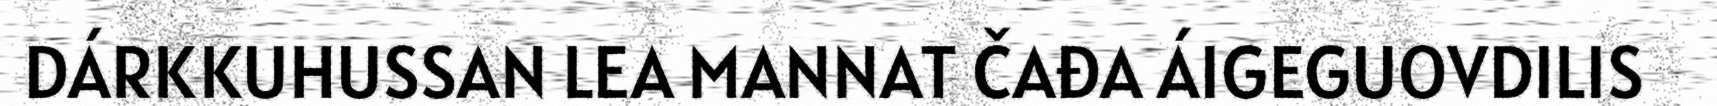
DÁRKKUHUSSAN LEA MANNAT ČAĐA ÁIGEGUOVDILIS